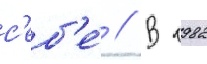
с'еб'е́ // В 1982